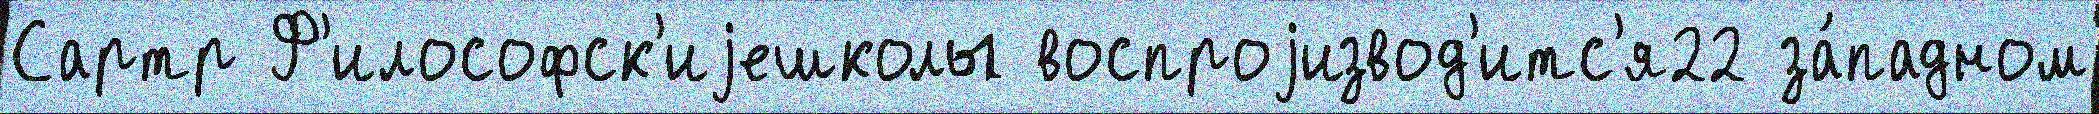
Сартр Ф'илософск'иjешколы воспроjизвод'итс'я22 за́падном